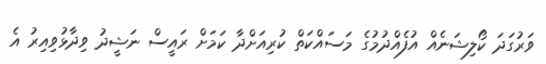
ވަރުގަދަ ކޯލިޝަނެއް އުފެއްދުމުގެ މަސައްކަތް ކުރިއަށްދާ ކަމަށް ރައީސް ނަޝީދު ވިދާޅުވިއިރު އެ